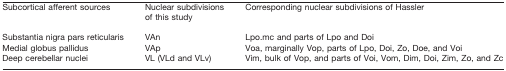
<table><thead><tr><td><b>Subcortical afferent sources</b></td><td><b>Nuclear subdivisions of this study</b></td><td><b>Corresponding nuclear subdivisions of Hassler</b></td></tr></thead><tbody><tr><td>Substantia nigra pars reticularis</td><td>VAn</td><td>Lpo.mc and parts of Lpo and Doi</td></tr><tr><td>Medial globus pallidus</td><td>VAp</td><td>Voa, marginally Vop, parts of Lpo, Doi, Zo, Doe, and Voi</td></tr><tr><td>Deep cerebellar nuclei</td><td>VL (VLd and VLv)</td><td>Vim, bulk of Vop, and parts of Voi, Vom, Dim, Doi, Zim, Zo, and Zc</td></tr></tbody></table>